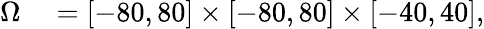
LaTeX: \begin{array}{rl}{\Omega}&{{}=[-80,80]\times[-80,80]\times[-40,40],}\end{array}